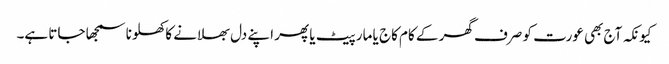
کیونکہ آج بھی عورت کو صرف گھر کے کام کاج یا مار پیٹ یا پھر اپنے دل بھلانے کا کھلونا سمجھا جاتا ہے۔